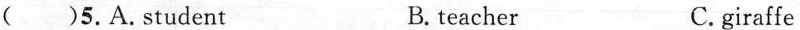
( )5.A.student B.teacher C.giraffe